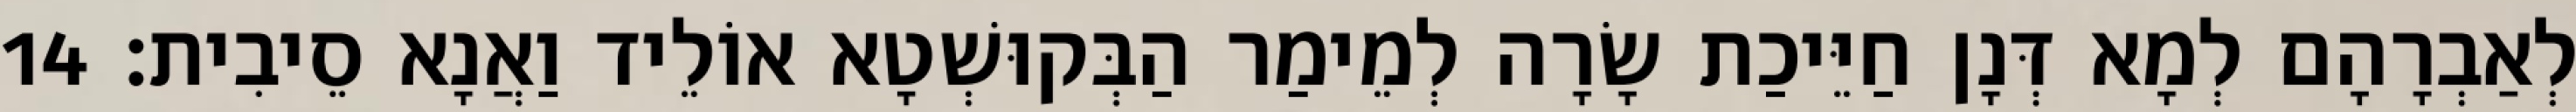
לְאַבְרָהָם לְמָא דְּנָן חַיֵּיכַת שָׂרָה לְמֵימַר הַבְּקוּשְׁטָא אוֹלֵיד וַאֲנָא סֵיבִית׃ 14